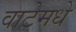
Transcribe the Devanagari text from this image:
वाटेमधे